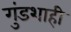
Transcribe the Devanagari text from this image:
गुंडशाही